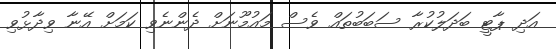
އަދި ޕާޓީ ބަދަލުކުރާ ސަބަބުތައް ވެސް މައުމޫނަށް ދެންނެވި ކަމަށް އޭނާ ވިދާޅުވި